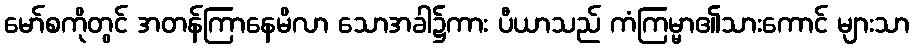
မော်စကိုတွင် အတန်ကြာနေမိလာ သောအခါ၌ကား ပီယာသည် ကံကြမ္မာ၏သားကောင် များသာ